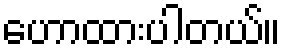
ဟောထားပါတယ်။